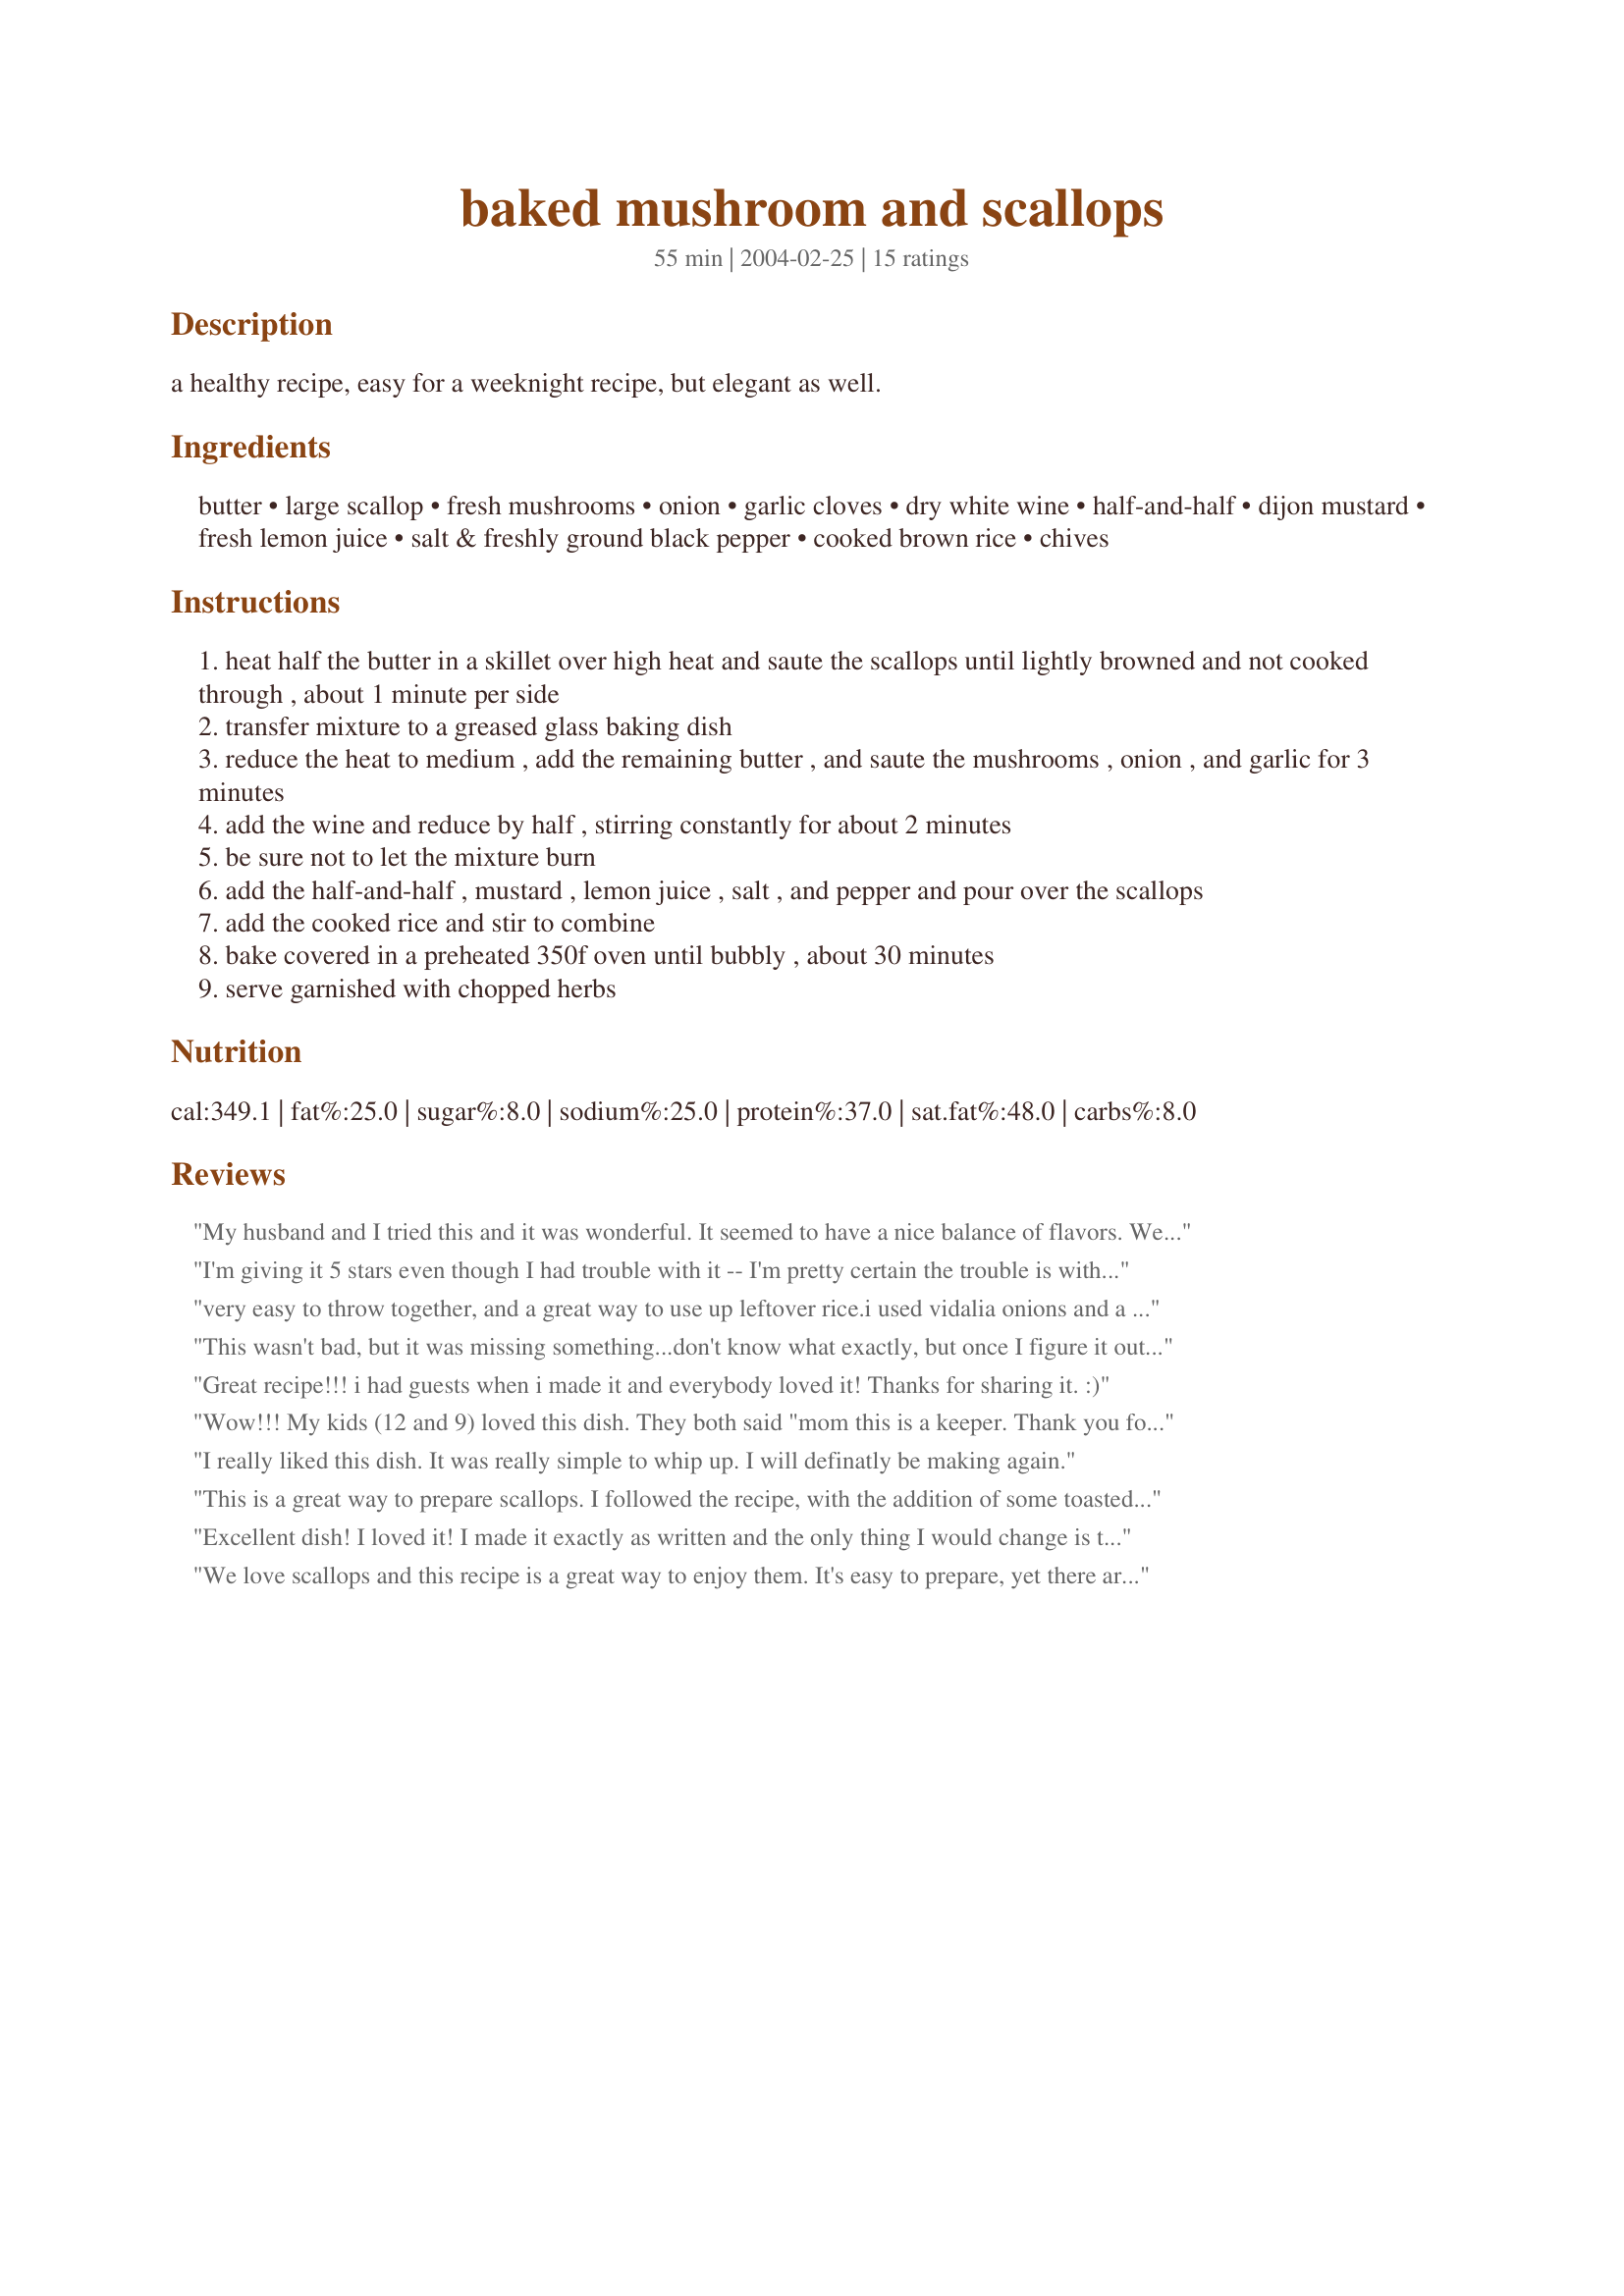
baked mushroom and scallops
Preparation time: 55 minutes

a healthy recipe, easy for a weeknight recipe, but elegant as well.

Ingredients:
butter, large scallop, fresh mushrooms, onion, garlic cloves, dry white wine, half-and-half, dijon mustard, fresh lemon juice, salt & freshly ground black pepper, cooked brown rice, chives

Steps:
heat half the butter in a skillet over high heat and saute the scallops until lightly browned and not cooked through , about 1 minute per side
transfer mixture to a greased glass baking dish
reduce the heat to medium , add the remaining butter , and saute the mushrooms , onion , and garlic for 3 minutes
add the wine and reduce by half , stirring constantly for about 2 minutes
be sure not to let the mixture burn
add the half-and-half , mustard , lemon juice , salt , and pepper and pour over the scallops
add the cooked rice and stir to combine
bake covered in a preheated 350f oven until bubbly , about 30 minutes
serve garnished with chopped herbs

Reviews:
My husband and I tried this and it was wonderful. It seemed to have a nice balance of flavors. We look forward to having the chance to make it again!
I'm giving it 5 stars even though I had trouble with it -- I'm pretty certain the trouble is with me, and not with the recipe. It was extremely liquid-y when I was done with it; it really was more like a thin chowder than a casserole. But this always happens when I work with scallops, so it's now clear to me I'm just missing some skill ... anyway, the flavors on this were superb, and I'll keep trying it until I get it right. I used crimini mushrooms, 6 cloves of garlic, and a tablespoon of lemon juice. Very flavorful, and very balanced. Thanks for posting this!
very easy to throw together, and a great way to use up leftover rice.i used vidalia onions and a mix of crimini and button mushroomsand served this with some hot sauce for me, the rest of the family enjoyed it as is.
This wasn't bad, but it was missing something...don't know what exactly, but once I figure it out, I will update this review.
Great recipe!!! i had guests when i made it and everybody loved it! Thanks for sharing it. :)
Wow!!! My kids (12 and 9) loved this dish. They both said "mom this is a keeper. Thank you for such a wonderful dish and so easy to make.
I really liked this dish. It was really simple to whip up. I will definatly be making again.
This is a great way to prepare scallops. I followed the recipe, with the addition of some toasted almond slices. Served on a bed of steamed fresh baby spinach. I used milk in the sauce but I think it would be better (creamier) with half and half.
It's going in my permanent recipe file.
Excellent dish! I loved it! I made it exactly as written and the only thing I would change is to add a little more garlic. Thanks for sharing!
We love scallops and this recipe is a great way to enjoy them. It's easy to prepare, yet there are several layers of flavor in addition to the scallops. None of the ingredients are overpowering, but all are present in rice, mushrooms and scallops. We will definately have this again. Thanks for posting.
Just made this now to have for dinner tomorrow night. But couldn't help myself and spooned a little bit out to try. Absolutely moorish and creamy. What a divine dish and great way to stretch scallops out a bit further. I added a bit extra mushrooms as I bought quite a big bag on sale today! Definitely a keeper.
While I tend to like things a little more spicy, my husband loved this recipe! Since we live in Japan, I had to use sticky rice since I didn't have long grain or even regular white rice. I will definately make this again!
Excellent dish for a winter evening. It was my first time cooking with scallops and this recipe turned out delicious. Thank you!
This is our favorite recipezaar dish so far! Easy, and DELICIOUS! We used 2% milk, and it turned out great.
We really enjoyed this casserole with the scallops and rice cooked together. It was so simple and delicious. Will make again soon. Thanks for posting this recipe.
